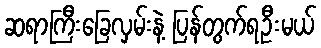
ဆရာကြီးခြေလှမ်းနဲ့ ပြန်တွက်ရဦးမယ်